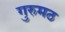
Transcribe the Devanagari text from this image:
गुरुमठ